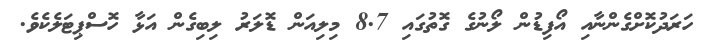
ހަރަދުކޮށްގެންނާއި އޯފިޑުން ލޯނުގެ ގޮތުގައި 8.7 މިލިއަން ޑޮލަރު ލިބިގެން އަޅާ ހޮސްޕިޓަލެކެވެ.